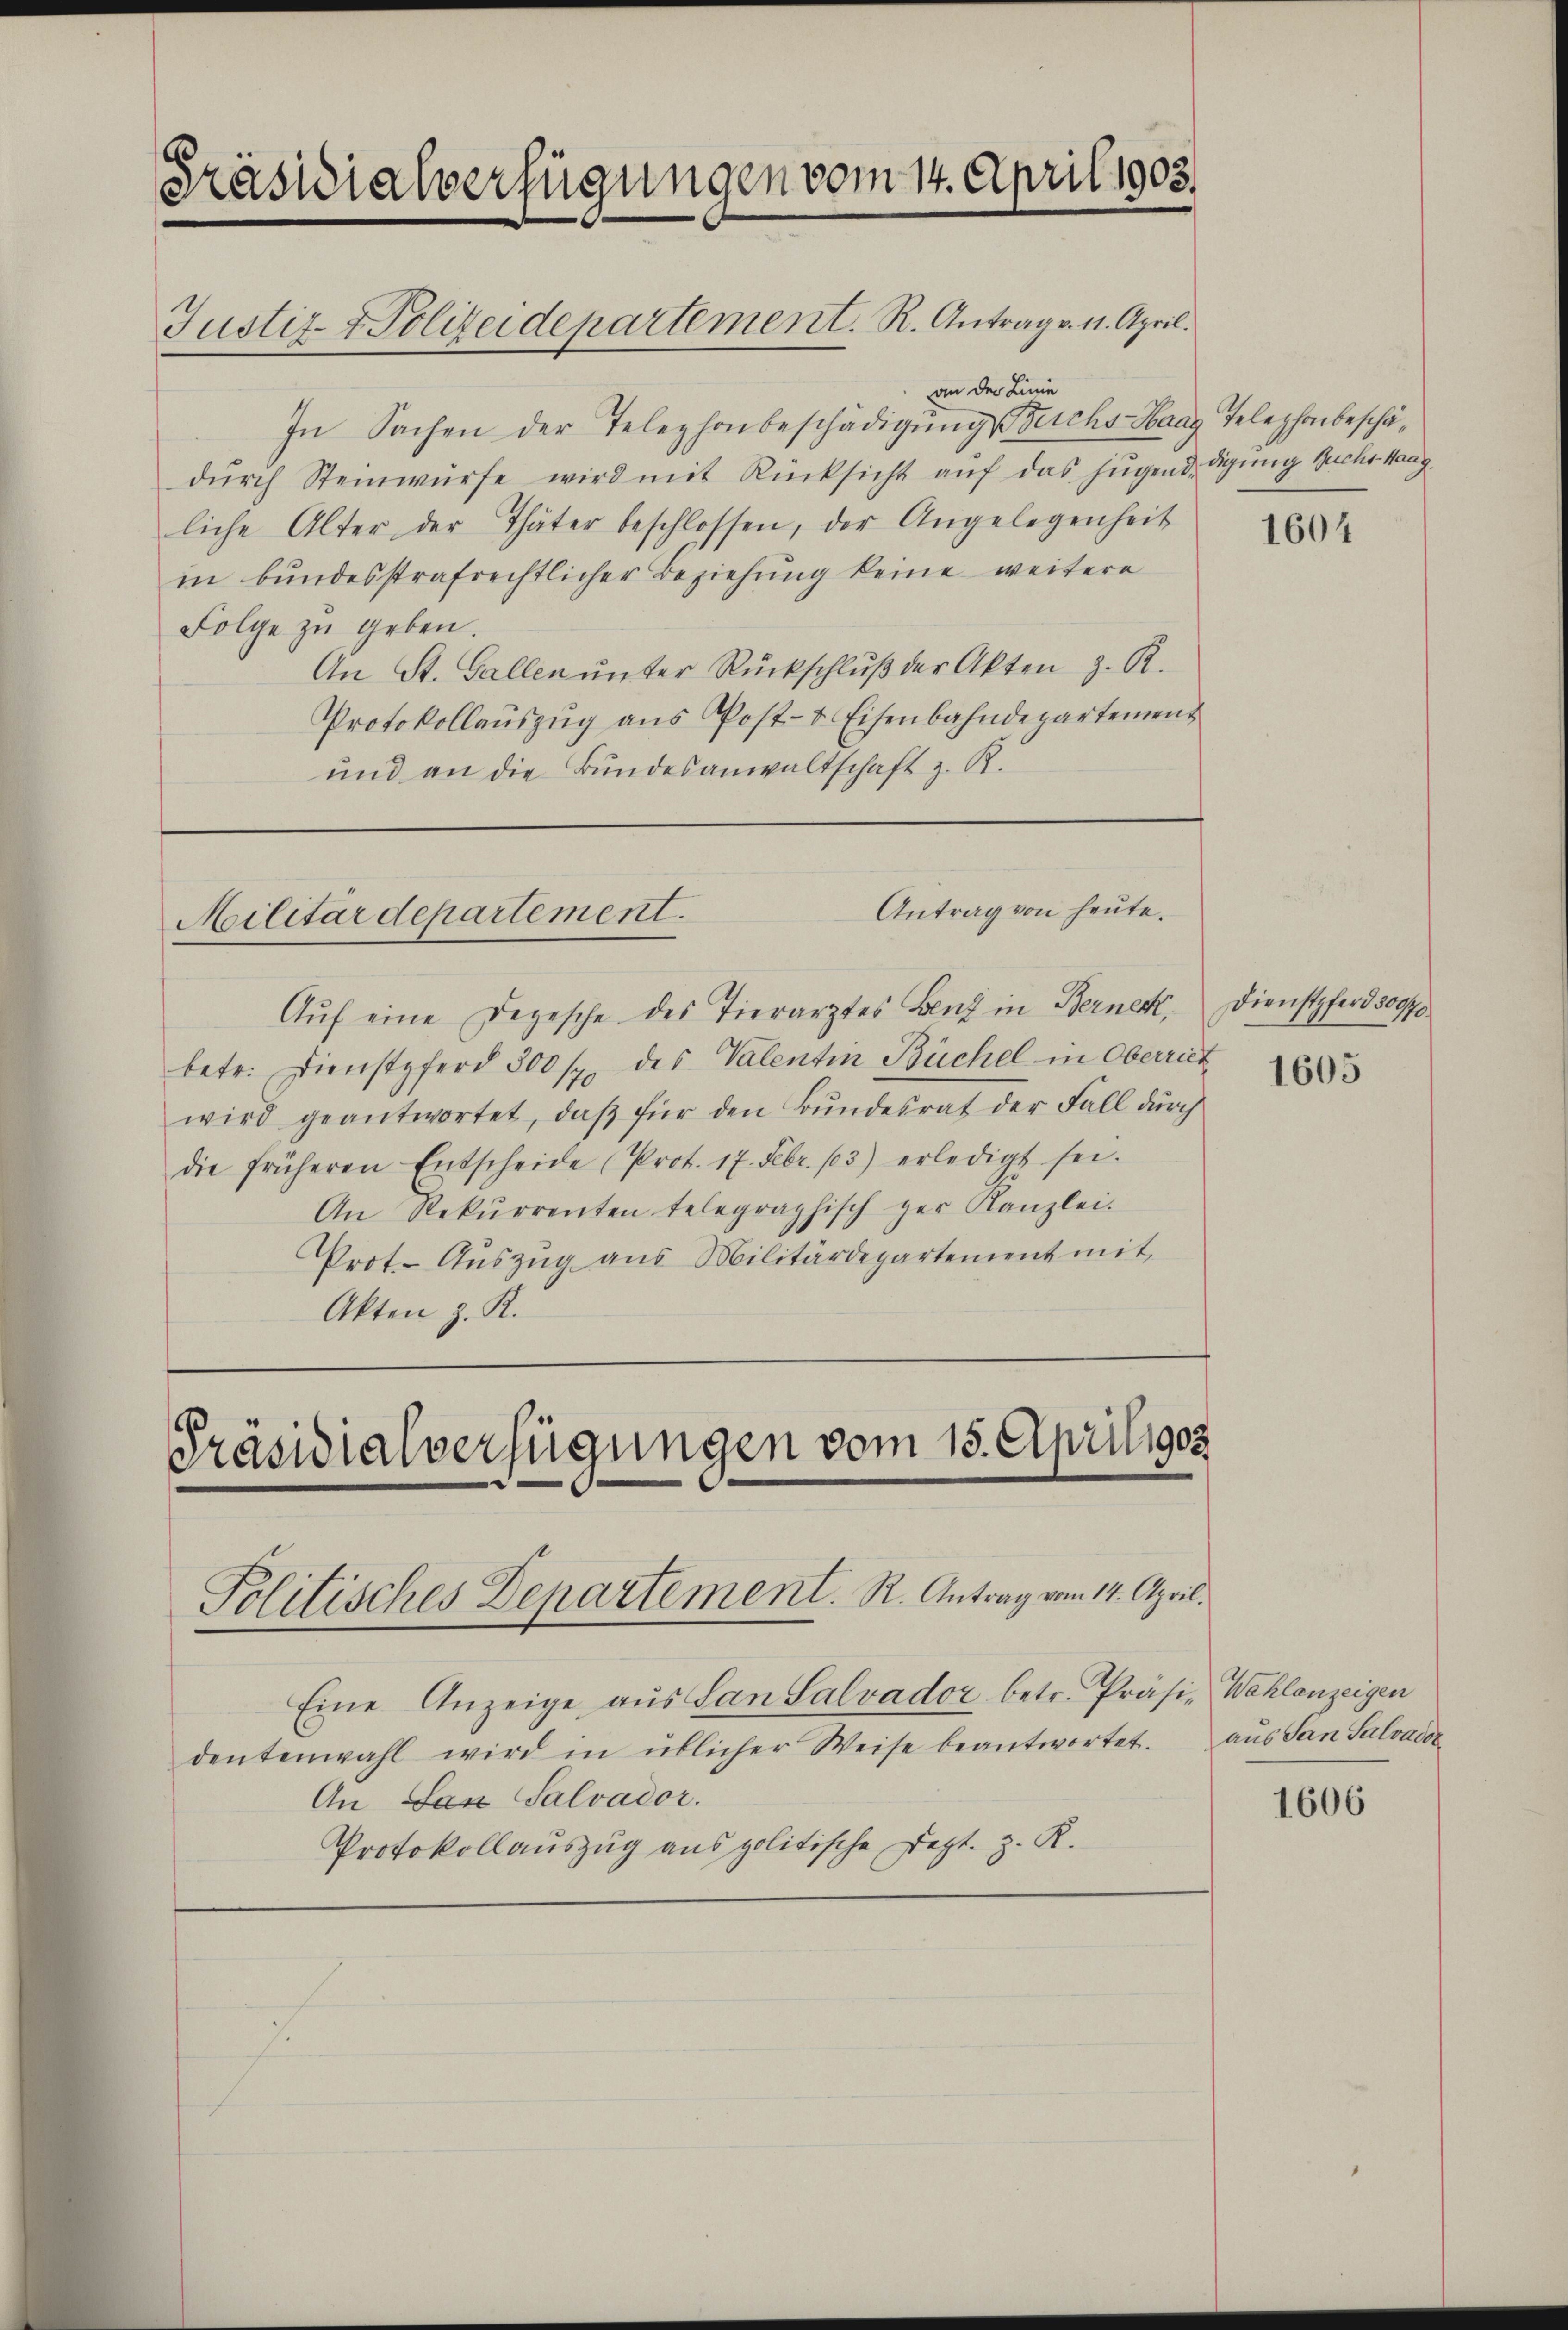
Präsidialverfügungen vom 14. April 1903.
Justiz- & Polizeidepartement. R. Antrag v. 11. April.
an der Linie

In Sachen der Telephonbeschädigŭng reichs Haag Telephonbeschädŭrch Steinwürfe wird mit Rücksicht aŭf das jugend digung suchs Mang
liche Alter der Thäter beschlossen, der Angelegenheit
in bundesstrafrechtlicher Beziehung keine weitere
Folge zu geben.
An St. Gallen ŭnter Rückschlŭβ der Akten z. R.
Protokollauszug aus Post- & Eisenbahndepartement
und an die Bundesanwaltschaft z. R.

Antrag von heute.
Militärdepartement.

Aŭf eine Depesche des Tierarztes Benz in Bernen,
betr. Dienstpferd 300 sp. des Valentin Büchel in Oberriet
wird geantwortet, daβ für den Bŭndesrat der Fall dŭrch
die früheren Entscheide (Prot. 17. Febr. 13) erledigt sei.
An Rekurrenten telegraphisch ger Kanzlei.
Prot. Auszug aus Militärdepartement mit
Akten z. R.

Präsidialverfügungen vom 15. Aprilig
Politisches Departement. R. Antrag vom 14. April.

Eine Anzeige aus San Salvador betr. Präsi- Wahlanzeigen
dentenwahl wird in üblicher Weise beantwortet. aŭs San Salvadoz
An Lax Salvador.
Protokollauszug aus politische Dept. z. R.

1604

Dienstpferd 30970.

1605

1606